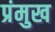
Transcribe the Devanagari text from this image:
प्रंमुख